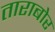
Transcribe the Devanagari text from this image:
ताराबोर